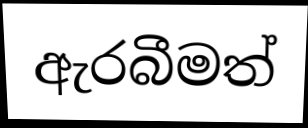
ඇරබීමත්